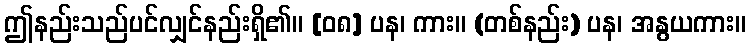
ဤနည်းသည်ပင်လျှင်နည်းရှိ၏။ [၀၈] ပန၊ ကား။ (တစ်နည်း) ပန၊ အနွယကား။